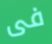
فى